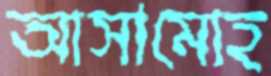
আসামোহ